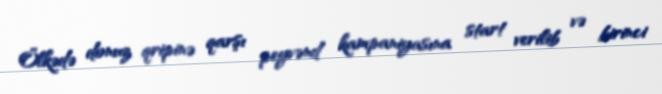
Ölkədə donuz qripinə qarşı peyvənd kampaniyasına start verilib və birinci